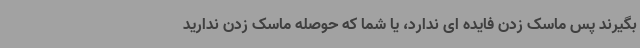
بگیرند پس ماسک زدن فایده ای ندارد، یا شما که حوصله ماسک زدن ندارید